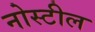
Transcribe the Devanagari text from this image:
नोस्टील